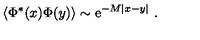
\langle \Phi ^ { * } ( x ) \Phi ( y ) \rangle \sim \mathrm { e } ^ { - M | x - y | } \ .